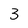
Character: 3